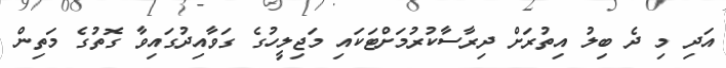
އަދި މި ދެ ބިލު އިތުރަށް ދިރާސާކުރުމަށްޓަކައި މަޖިލީހުގެ ގަވާއިދުގައިވާ ގޮތުގެ މަތިން